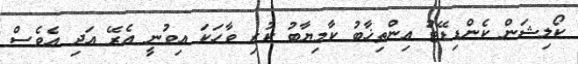
ކޯލިޝަން ކެންޑިޑޭޓު އިންތިޚާބު ކާމިޔާބު ކުރި ވާހަކަ އިވުނީ އެރޭ އަދި އެވެސް